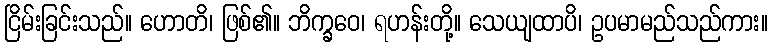
ငြိမ်းခြင်းသည်။ ဟောတိ၊ ဖြစ်၏။ ဘိက္ခဝေ၊ ရဟန်းတို့။ သေယျထာပိ၊ ဥပမာမည်သည်ကား။